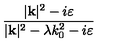
\frac { | \mathbf { k } | ^ { 2 } - i \varepsilon } { | \mathbf { k } | ^ { 2 } - \lambda k _ { 0 } ^ { 2 } - i \varepsilon }